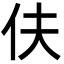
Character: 伕